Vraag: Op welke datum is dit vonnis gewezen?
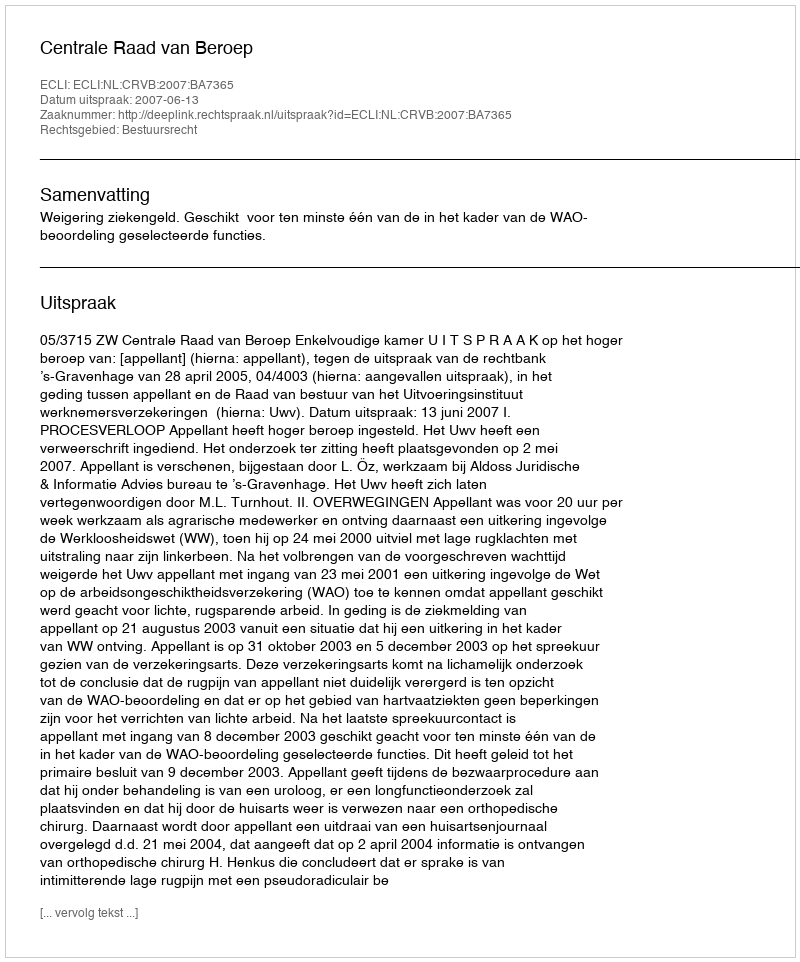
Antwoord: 2007-06-13